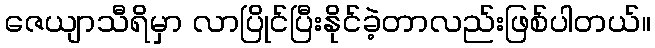
ဇေယျာသီရိမှာ လာပြိုင်ပြီးနိုင်ခဲ့တာလည်းဖြစ်ပါတယ်။